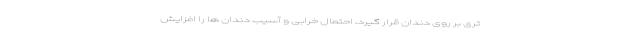
تری بر روی دندان قرار گیرد، احتمال خرابی و آسیب دندان ها را افزایش